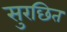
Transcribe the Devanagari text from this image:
सुरछित